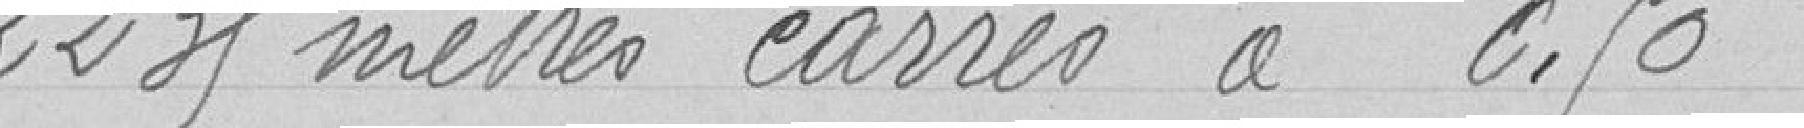
2235 mètres carrés à 0. 50